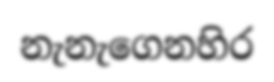
නැනැගෙනහිර